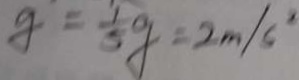
g = \frac { 1 } { 5 } g = 2 m / s ^ { 2 }